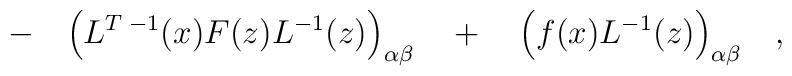
\qquad - \quad \Bigl(L^{T\;-1}(x)F(z)L^{-1}(z)\Bigr)_{\alpha\beta}\quad + \quad \Bigl(f(x)L^{-1}(z)\Bigr)_{\alpha\beta}\quad,